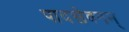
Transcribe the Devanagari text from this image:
पादसेवनम्